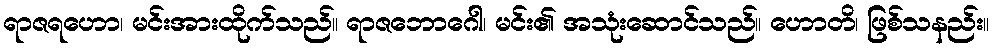
ရာဇရဟော၊ မင်းအားထိုက်သည်။ ရာဇဘောဂေါ၊ မင်း၏ အသုံးဆောင်သည်။ ဟောတိ၊ ဖြစ်သနည်း။